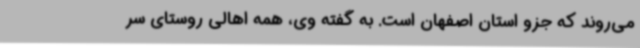
می‌روند که جزو استان اصفهان است. به گفته وی، همه اهالی روستای سر